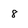
Character: 8